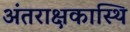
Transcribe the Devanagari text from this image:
अंतराक्षकास्थि